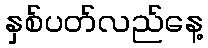
နှစ်ပတ်လည်နေ့